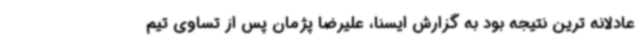
عادلانه ترین نتیجه بود به گزارش ایسنا، علیرضا پژمان پس از تساوی تیم